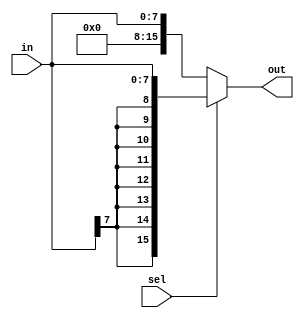
module ext_mod8_16(out, sel, in);
    input [7:0] in;
    input sel;
    output [15:0] out;
    
    assign out = sel ? {{8{in[7]}}, {in}} : {{8{1'b0}}, {in}};

endmodule